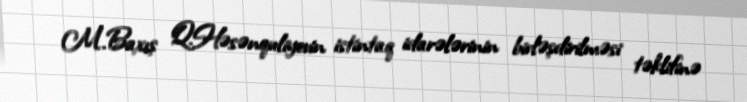
M.Baxış Q.Həsənquliyevin istintaq idarələrinin birləşdirilməsi təklifinə